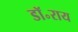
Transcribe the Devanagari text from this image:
डॉ॰राय